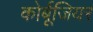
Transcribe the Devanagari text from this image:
कोर्बूजियर